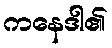
ကနေဒါ၏